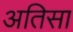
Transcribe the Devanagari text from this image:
अतिसा